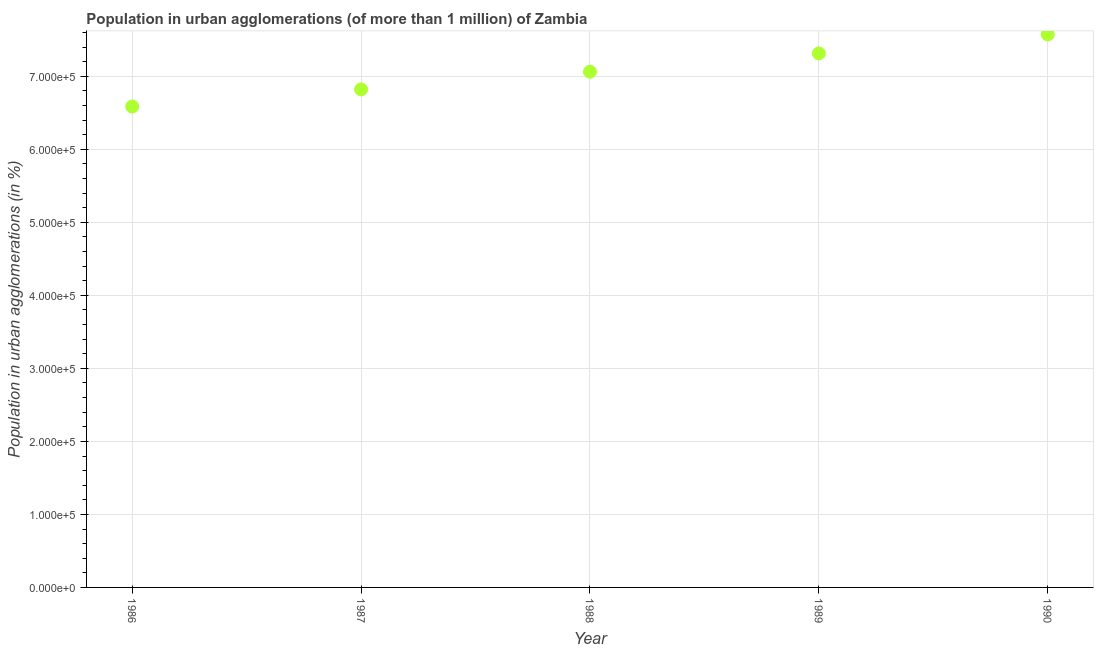
| Year | Population in urban agglomerations |
 | --- | --- |
 | 1986 | 6.59e+05 |
 | 1987 | 6.82e+05 |
 | 1988 | 7.06e+05 |
 | 1989 | 7.31e+05 |
 | 1990 | 7.57e+05 |